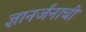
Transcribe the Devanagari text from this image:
ज्ञानर्जनाची